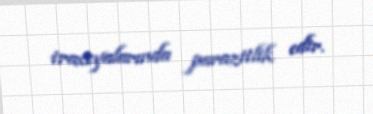
traxeyalarında parazitlik edir.